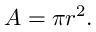
A = \pi r ^ { 2 } .